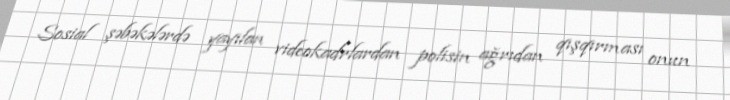
Sosial şəbəkələrdə yayılan videokadrlardan polisin ağrıdan qışqırması onun